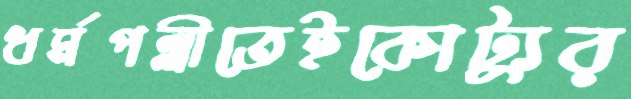
ধর্মপল্লীতেইকোট্যুর